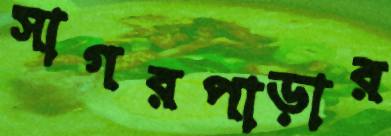
সাগরপাড়ার